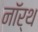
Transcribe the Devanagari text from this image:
नाॅर्थ